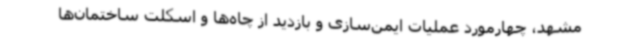
مشهد، چهارمورد عملیات ایمن‌سازی و بازدید از چاه‌ها و اسکلت ساختمان‌ها